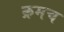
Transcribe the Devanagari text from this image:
क्रमच